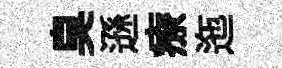
臭遜療迤